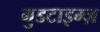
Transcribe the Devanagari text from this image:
गुडटाइम्ज़